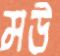
মউ